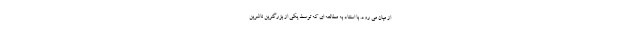
از میان می رود. با استناد به مطالعه ای که توسط یکی از بزرگترین ناشرین